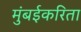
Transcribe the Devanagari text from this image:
मुंबईकरिता